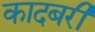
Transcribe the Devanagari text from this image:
कादबरी